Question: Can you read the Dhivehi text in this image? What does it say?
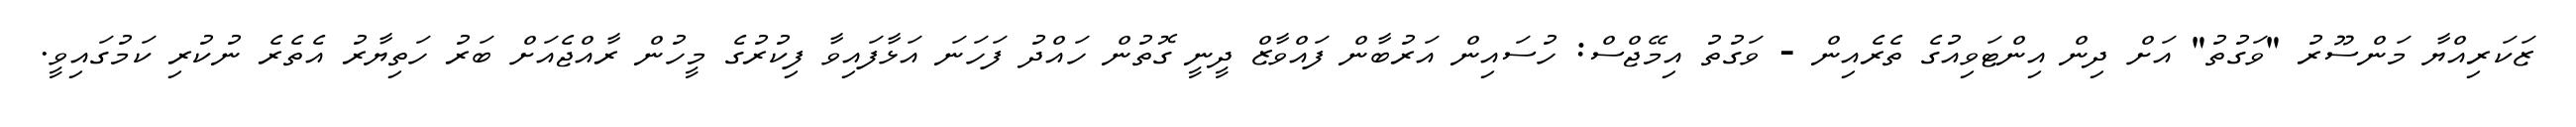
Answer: ޒަކަރިއްޔާ މަންސޫރު "ވަގުތު" އަށް ދިން އިންޓަވިއުގެ ތެރެއިން - ވަގުތު އިމޭޖްސް: ހުސައިން އަރުބާން ފައްވާޒް ދީނީ ގޮތުން ހައްދު ފަހަނަ އަޅާފައިވާ ފިކުރުގެ މީހުން ރާއްޖެއަށް ބަރު ހަތިޔާރު އެތެރެ ނުކުރި ކަމުގައިވީ.